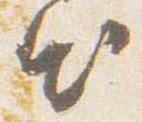
出